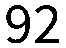
92